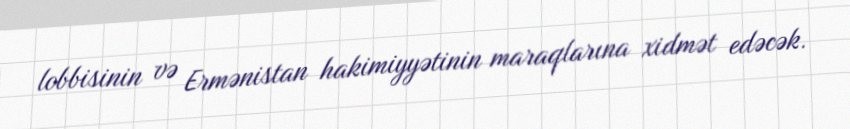
lobbisinin və Ermənistan hakimiyyətinin maraqlarına xidmət edəcək.